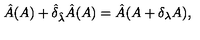
\hat { A } ( A ) + \hat { \delta } _ { \hat { \lambda } } \hat { A } ( A ) = \hat { A } ( A + \delta _ { \lambda } A ) ,